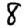
Digit: 8